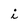
Character: i